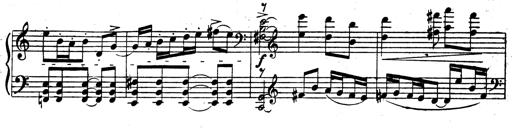
Title: 3 Sonatinas for Piano
Composer: Vissarion Shebalin